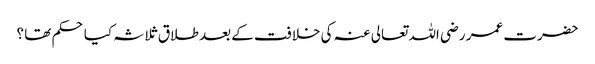
حضرت عمر رضی اللہ تعالی عنہ کی خلافت کے بعد طلاق ثلاثہ کیا حکم تھا ؟